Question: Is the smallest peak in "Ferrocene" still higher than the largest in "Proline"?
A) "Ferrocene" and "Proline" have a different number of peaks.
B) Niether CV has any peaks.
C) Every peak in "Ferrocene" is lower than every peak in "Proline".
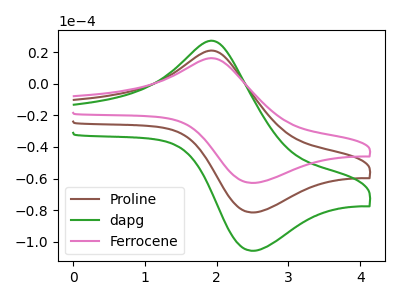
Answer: <think>The brown curve "Proline" has an anodic peak at (2.00V, 20.65uA) and a cathodic peak at (2.50V, -81.45uA). The green curve "dapg" has an anodic peak at (2.00V, 41.30uA) and a cathodic peak at (2.50V, -162.95uA). The pink curve "Ferrocene" has an anodic peak at (2.00V, 15.90uA) and a cathodic peak at (2.50V, -62.80uA).</think>
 <answer>C) Every peak in "Ferrocene" is lower than every peak in "Proline".</answer>
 <eval>C</eval>